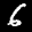
Label: 6